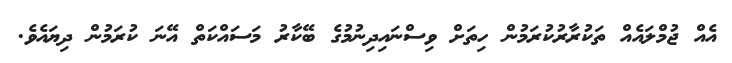
އެއް ޖުމްލައެއް ތަކުރާރުކުރަމުން ހިތަށް ވިސްނައިދިނުމުގެ ބޭކާރު މަސައްކަތް އޭނަ ކުރަމުން ދިޔައެވެ.